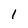
Character: 1